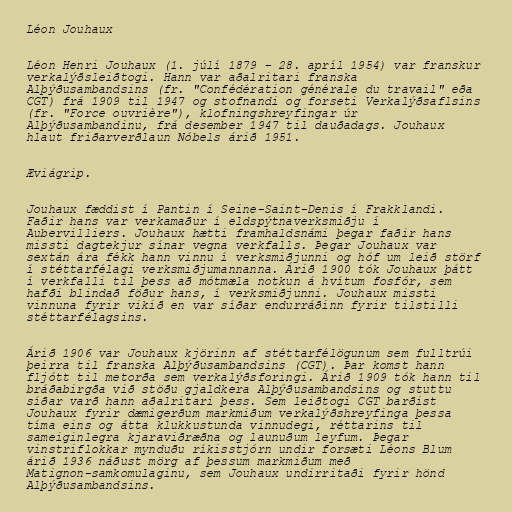
Léon Jouhaux

Léon Henri Jouhaux (1. júlí 1879 – 28. apríl 1954) var franskur
verkalýðsleiðtogi. Hann var aðalritari franska
Alþýðusambandsins (fr. "Confédération générale du travail" eða
CGT) frá 1909 til 1947 og stofnandi og forseti Verkalýðsaflsins
(fr. "Force ouvrière"), klofningshreyfingar úr
Alþýðusambandinu, frá desember 1947 til dauðadags. Jouhaux
hlaut friðarverðlaun Nóbels árið 1951.

Æviágrip.

Jouhaux fæddist í Pantin í Seine-Saint-Denis í Frakklandi.
Faðir hans var verkamaður í eldspýtnaverksmiðju í
Aubervilliers. Jouhaux hætti framhaldsnámi þegar faðir hans
missti dagtekjur sínar vegna verkfalls. Þegar Jouhaux var
sextán ára fékk hann vinnu í verksmiðjunni og hóf um leið störf
í stéttarfélagi verksmiðjumannanna. Árið 1900 tók Jouhaux þátt
í verkfalli til þess að mótmæla notkun á hvítum fosfór, sem
hafði blindað föður hans, í verksmiðjunni. Jouhaux missti
vinnuna fyrir vikið en var síðar endurráðinn fyrir tilstilli
stéttarfélagsins.

Árið 1906 var Jouhaux kjörinn af stéttarfélögunum sem fulltrúi
þeirra til franska Alþýðusambandsins (CGT). Þar komst hann
fljótt til metorða sem verkalýðsforingi. Árið 1909 tók hann til
bráðabirgða við stöðu gjaldkera Alþýðusambandsins og stuttu
síðar varð hann aðalritari þess. Sem leiðtogi CGT barðist
Jouhaux fyrir dæmigerðum markmiðum verkalýðshreyfinga þessa
tíma eins og átta klukkustunda vinnudegi, réttarins til
sameiginlegra kjaraviðræðna og launuðum leyfum. Þegar
vinstriflokkar mynduðu ríkisstjórn undir forsæti Léons Blum
árið 1936 náðust mörg af þessum markmiðum með
Matignon-samkomulaginu, sem Jouhaux undirritaði fyrir hönd
Alþýðusambandsins.